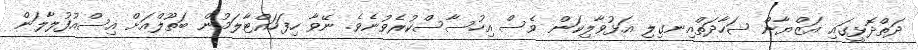
ދަތްދޮޅީގައި އަޒްޔާން ޝަހާދަތްއިނގިލި އަޅުވާލިކަން ވެސް އިހުސާސްކުރެވުނެވެ. ނޭވާ ހިފަހައްޓާލަމުން ބަތޫލްއަށް އިސްއުފުލާލަން